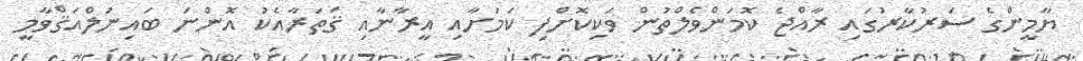
ޔާމީންގެ ސަރުކާރުގައި ރާއްޖެ ކޮމަންވެލްތުން ވަކިކޮށްފި ކަމަށާއި އީރާނާއި ޤަތަރާއެކު އޮންނަ ބައިނަލްއަޤްވާމީ